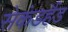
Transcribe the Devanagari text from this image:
सेकंडहैंड